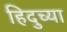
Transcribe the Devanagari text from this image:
हिदुच्या